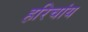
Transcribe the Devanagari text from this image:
हरिचांय